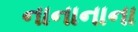
નાનાનાના